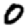
Digit: 0